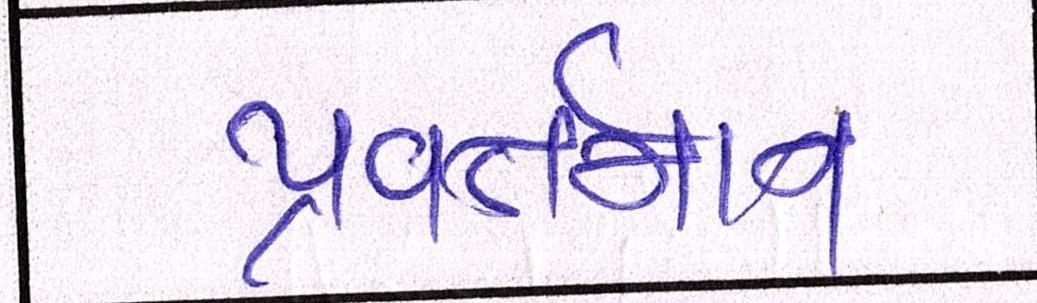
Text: પ્રવર્તમાન